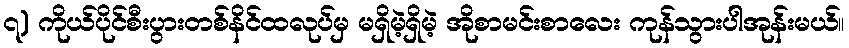
၇) ကိုယ်ပိုင်စီးပွားတစ်နိင်ထလုပ်မှ မရှိမဲ့ရှိမဲ့ အိုစာမင်းစာလေး ကုန်သွားပါအုန်းမယ်။